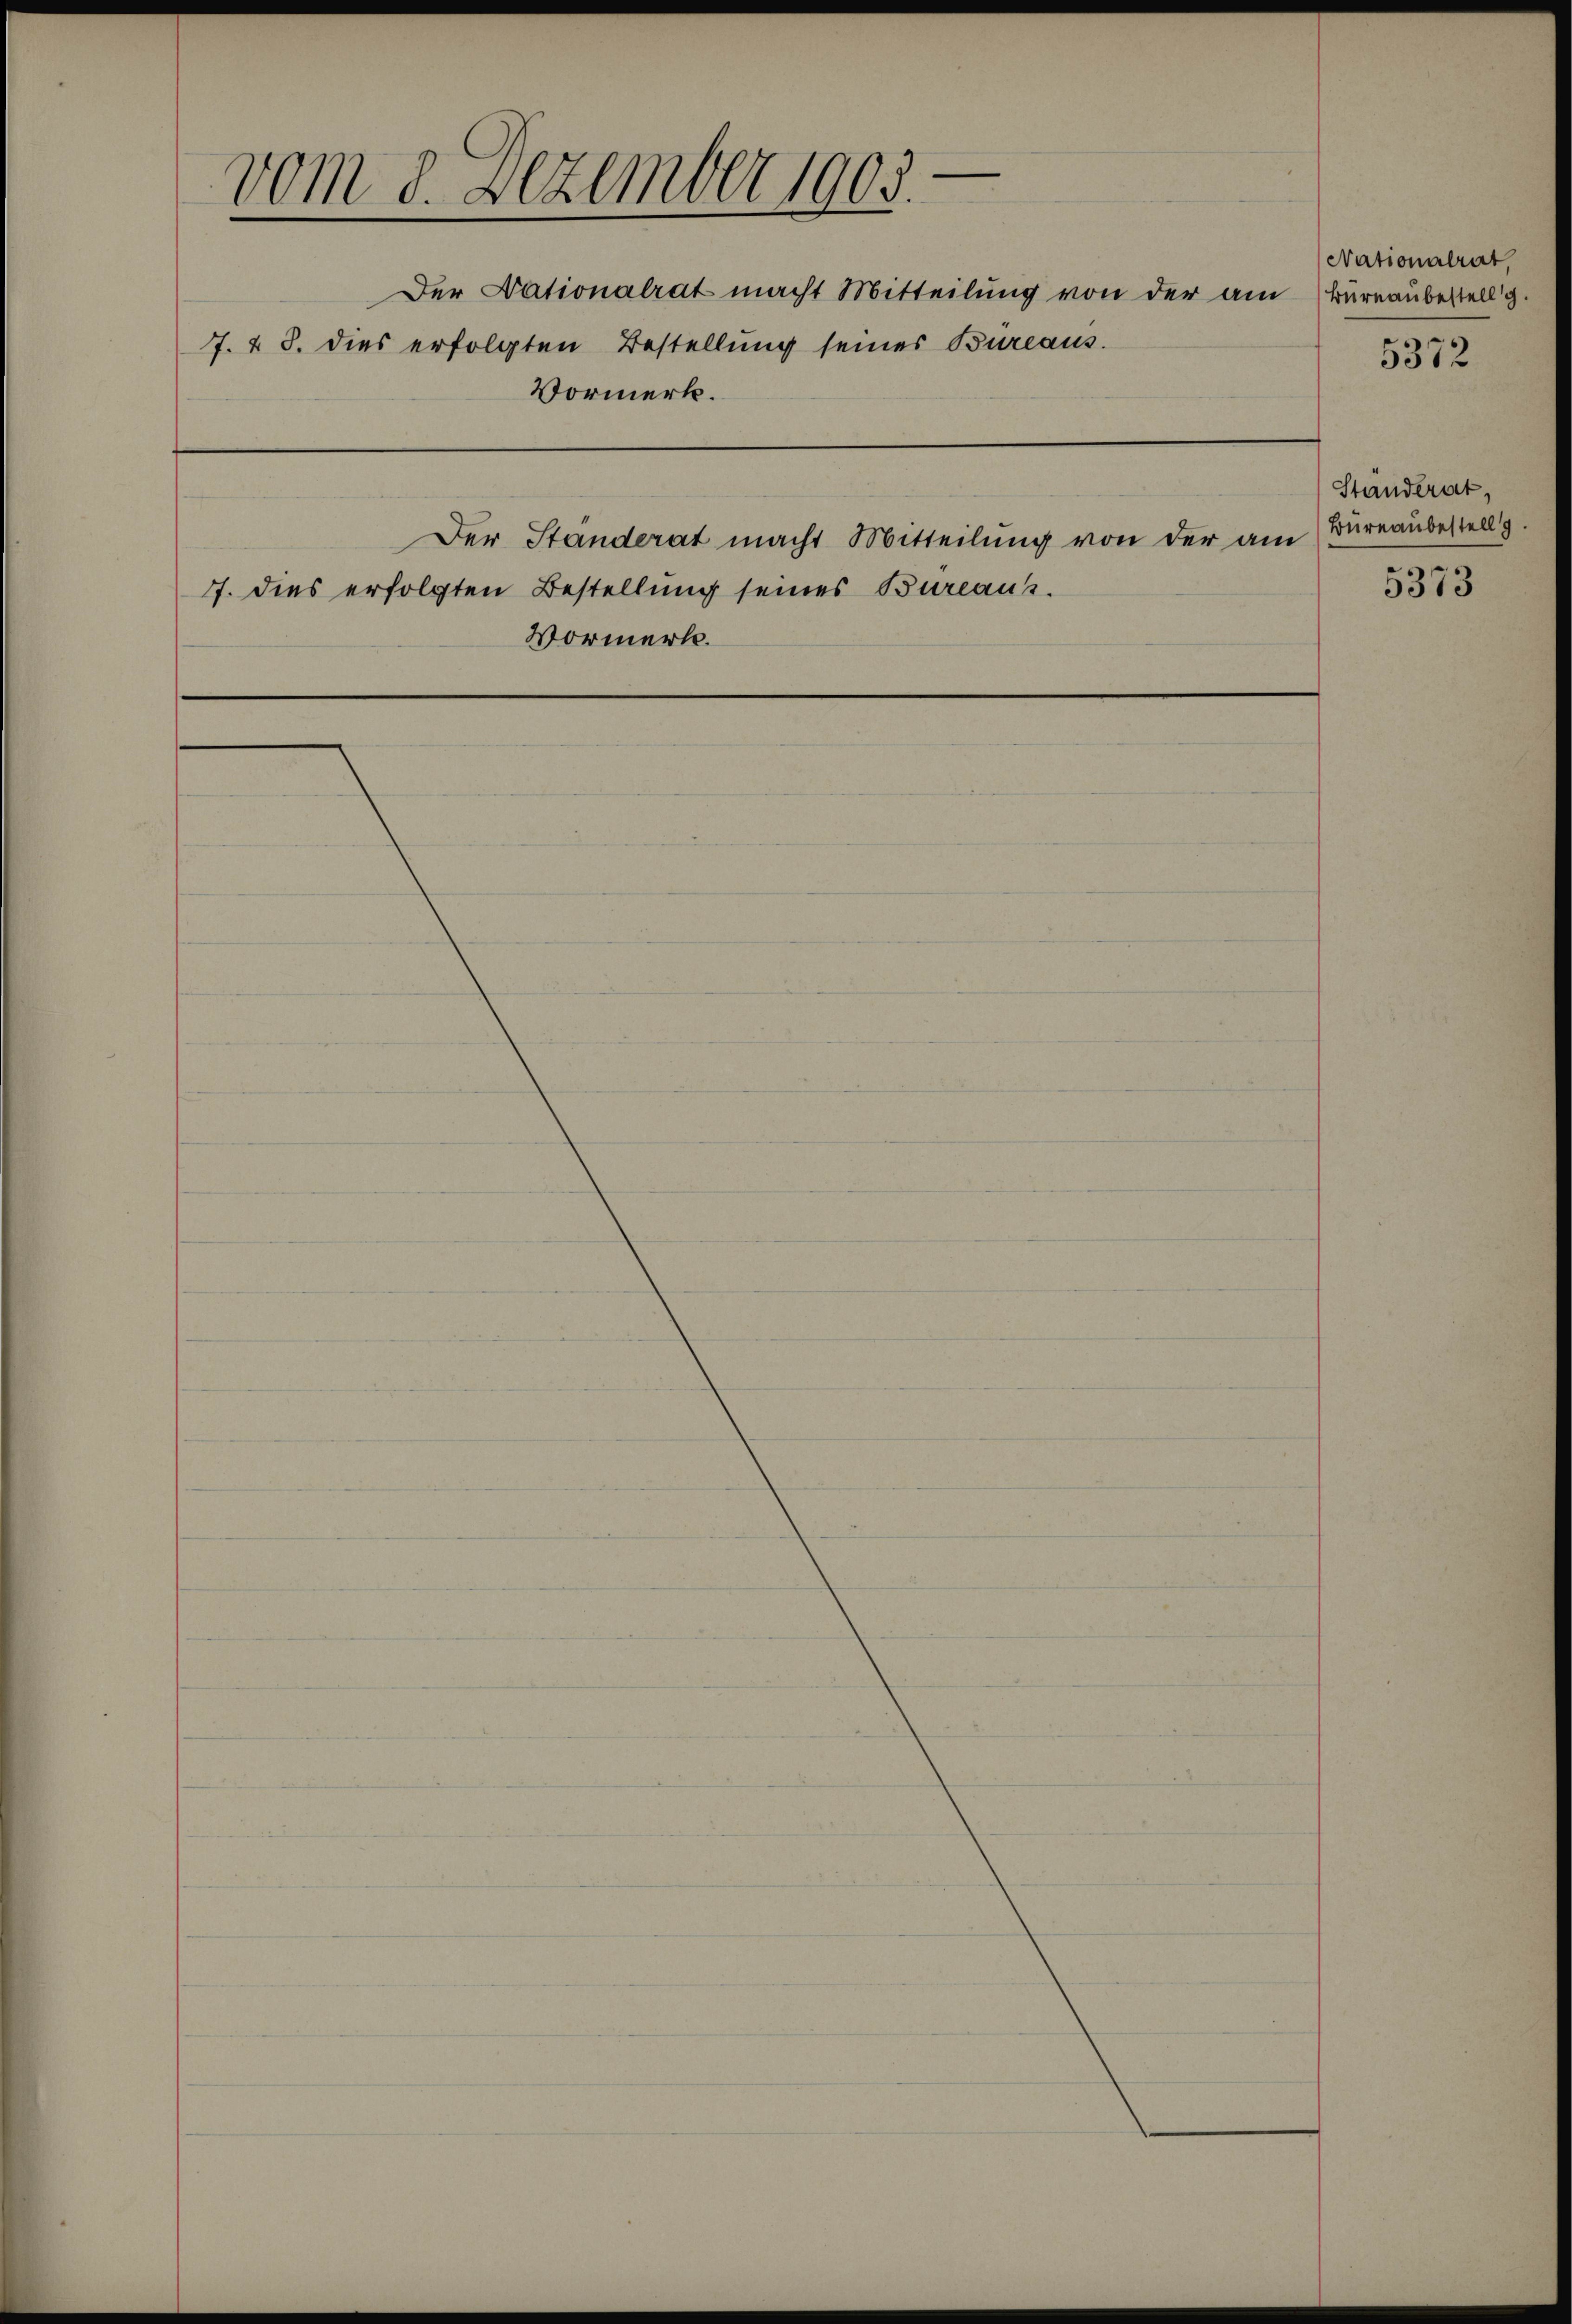
vom 8. Dezember 1903.
Der Nationalrat macht Mitteilung von der am Büreaubestellg.
7. & 8. dies erfolgten Bestellung seines Bureaus.
Vormerk.
Der Ständerat macht Mitteilung von der am
7. dies erfolgten Bestellung seines Bureaus.
Vormerk.

Nationalrat,
5372

Ständerat,
Bureaubestell

5373